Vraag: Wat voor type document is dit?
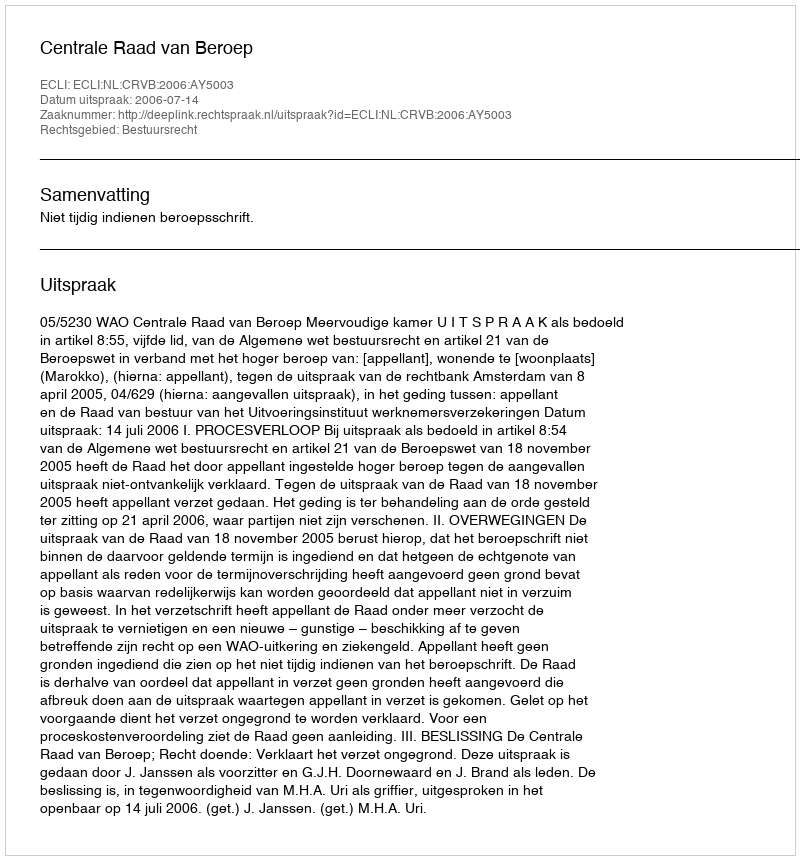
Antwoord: Uitspraak